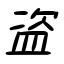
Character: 盗